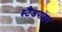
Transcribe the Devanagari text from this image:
स्टैंडपाइप